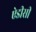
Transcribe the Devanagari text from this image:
ऐडीसी